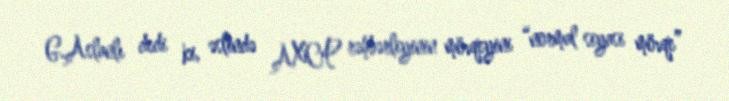
G.Aslanlı dedi ki, əslində AXCP rəhbərliyinin mövqeyini “normal siyasi mövqe”